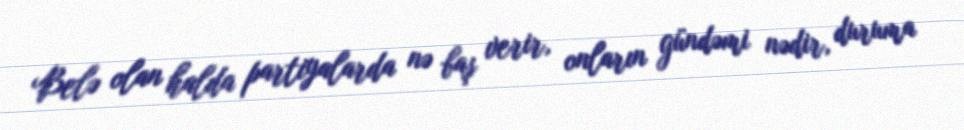
Belə olan halda partiyalarda nə baş verir, onların gündəmi nədir, duruma